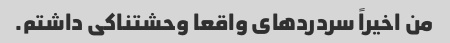
من اخیراً سردردهای واقعا وحشتناکی داشتم.